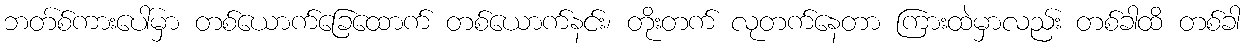
ဘတ်စ်ကားပေါ်မှာ တစ်ယောက်ခြေထောက် တစ်ယောက်နင်း၊ တိုးတက် လုတက်နေတာ ကြားထဲမှာလည်း တစ်ခါထိ တစ်ခါ